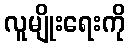
လူမျိုးရေးကို